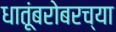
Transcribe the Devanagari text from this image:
धातूंबरोबरच्या